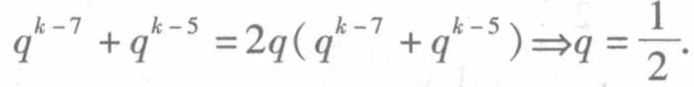
\(q^{k - 7}+q^{k - 5}=2q(q^{k - 7}+q^{k - 5})\Rightarrow q = \frac{1}{2}\)